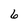
Character: 6